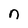
Character: n